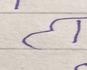
Signature authenticity: forged